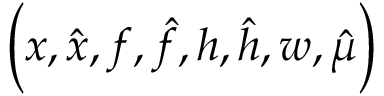
\Big ( x , \hat { x } , f , \hat { f } , h , \hat { h } , w , \hat { \mu } \Big )